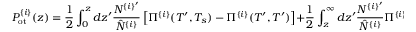
P _ { \mathrm { o t } } ^ { \{ i \} } ( z ) = \frac { 1 } { 2 } \int _ { 0 } ^ { z } d z ^ { \prime } \frac { N ^ { \{ i \} ^ { \prime } } } { \hat { N } ^ { \{ i \} } } \left[ \Pi ^ { \{ i \} } ( T ^ { \prime } , T _ { s } ) - \Pi ^ { \{ i \} } ( T ^ { \prime } , T ^ { \prime } ) \right] + \frac { 1 } { 2 } \int _ { z } ^ { \infty } d z ^ { \prime } \frac { N ^ { \{ i \} ^ { \prime } } } { \hat { N } ^ { \{ i \} } } \Pi ^ { \{ i \} } ( T ^ { \prime } , T ^ { \prime } ) .